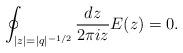
LaTeX: \begin{align*}\oint_{|z|=|q|^{-1/2}} \frac{dz}{2\pi i z} E(z)=0.\end{align*}